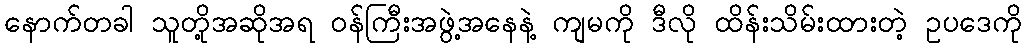
နောက်တခါ သူတို့အဆိုအရ ဝန်ကြီးအဖွဲ့အနေနဲ့ ကျမကို ဒီလို ထိန်းသိမ်းထားတဲ့ ဥပဒေကို